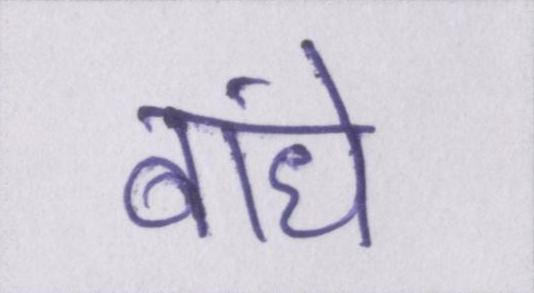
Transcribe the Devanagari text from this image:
बांधे